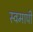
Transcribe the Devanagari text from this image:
स्वमापी